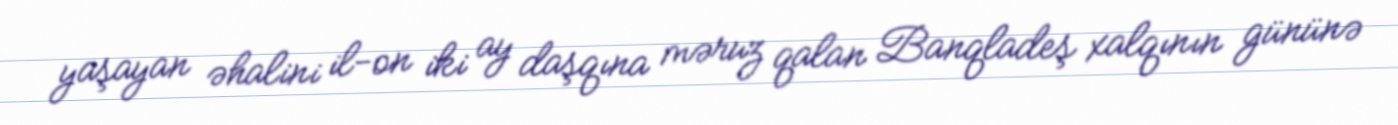
yaşayan əhalini il-on iki ay daşqına məruz qalan Banqladeş xalqının gününə